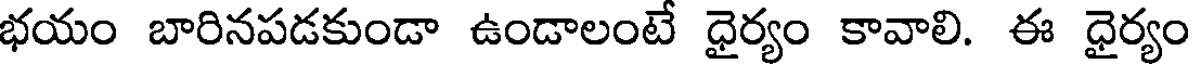
భయం బారినపడకుండా ఉండాలంటే ధైర్యం కావాలి. ఈ ధైర్యం